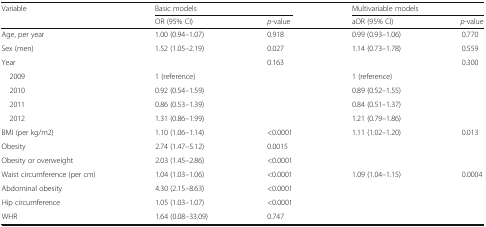
<table><thead><tr><td><b>Variable</b></td><td colspan="2"><b>Basic models</b></td><td colspan="2"><b>Multivariable models</b></td></tr><tr><td></td><td><b>OR (95% CI)</b></td><td><b><i>p</i>-value</b></td><td><b>aOR (95% CI)</b></td><td><b><i>p</i>-value</b></td></tr></thead><tbody><tr><td>Age, per year</td><td>1.00 (0.94–1.07)</td><td>0.918</td><td>0.99 (0.93–1.06)</td><td>0.770</td></tr><tr><td>Sex (men)</td><td>1.52 (1.05–2.19)</td><td>0.027</td><td>1.14 (0.73–1.78)</td><td>0.559</td></tr><tr><td>Year</td><td></td><td>0.163</td><td></td><td>0.300</td></tr><tr><td> 2009</td><td>1 (reference)</td><td></td><td>1 (reference)</td><td></td></tr><tr><td> 2010</td><td>0.92 (0.54–1.59)</td><td></td><td>0.89 (0.52–1.55)</td><td></td></tr><tr><td> 2011</td><td>0.86 (0.53–1.39)</td><td></td><td>0.84 (0.51–1.37)</td><td></td></tr><tr><td> 2012</td><td>1.31 (0.86–1.99)</td><td></td><td>1.21 (0.79–1.86)</td><td></td></tr><tr><td>BMI (per kg/m2)</td><td>1.10 (1.06–1.14)</td><td>&lt;0.0001</td><td>1.11 (1.02–1.20)</td><td>0.013</td></tr><tr><td>Obesity</td><td>2.74 (1.47–5.12)</td><td>0.0015</td><td></td><td></td></tr><tr><td>Obesity or overweight</td><td>2.03 (1.45–2.86)</td><td>&lt;0.0001</td><td></td><td></td></tr><tr><td>Waist circumference (per cm)</td><td>1.04 (1.03–1.06)</td><td>&lt;0.0001</td><td>1.09 (1.04–1.15)</td><td>0.0004</td></tr><tr><td>Abdominal obesity</td><td>4.30 (2.15–8.63)</td><td>&lt;0.0001</td><td></td><td></td></tr><tr><td>Hip circumference</td><td>1.05 (1.03–1.07)</td><td>&lt;0.0001</td><td></td><td></td></tr><tr><td>WHR</td><td>1.64 (0.08–33.09)</td><td>0.747</td><td></td><td></td></tr></tbody></table>